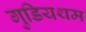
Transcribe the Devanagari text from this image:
गुडियथम